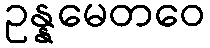
ဥန္နမေတဝေ